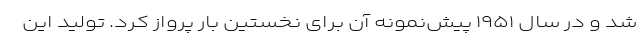
شد و در سال ۱۹۵۱ پیش‌نمونه آن برای نخستین بار پرواز کرد. تولید این